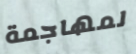
لمهاجمة